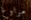
مراوغ